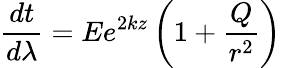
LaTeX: \frac{dt}{d\lambda}=Ee^{2kz}\left(1+\frac{Q}{r^{2}}\right)